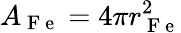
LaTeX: A_{\mathrm{~F~e~}}=4\pi r_{\mathrm{~F~e~}}^{2}